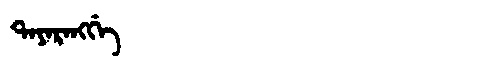
Manchu: ᡨᠠᠶᠠᡵᠠᠩᡤᡝ
Romanization: TAYARANGGE